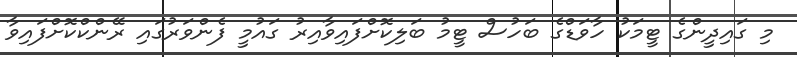
މި ގައިދީންގެ ޓީމަކު ހާވަޑްގެ ބަހުސް ޓީމު ބަލިކޮށްފައިވާއިރު ގައުމީ ފެންވަރުގައި ރޭންކްކޮށްފައިވާ